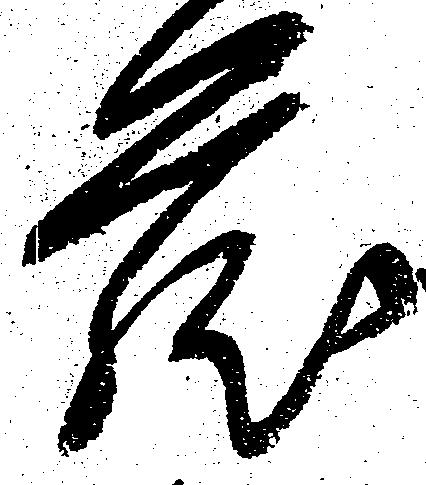
蔵